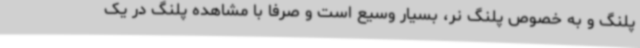
پلنگ و به خصوص پلنگ نر، بسیار وسیع است و صرفا با مشاهده پلنگ در یک